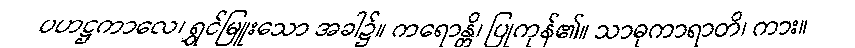
ပဟဋ္ဌကာလေ၊ ရွှင်မြူးသော အခါ၌။ ကရောန္တိ၊ ပြုကုန်၏။ သာဓုကာရာတိ၊ ကား။